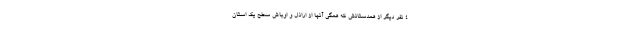
۴ نفر دیگر از همدستانش که همگی آنها از اراذل و اوباش سطح یک استان